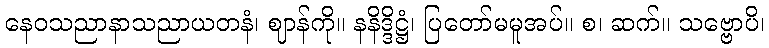
နေဝသညာနာသညာယတနံ၊ ဈာန်ကို။ နနိဒ္ဒိဋ္ဌံ၊ ပြတော်မမူအပ်။ စ၊ ဆက်။ သဗ္ဗောပိ၊